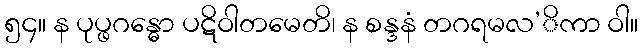
၅၄။ န ပုပ္ဖဂန္ဓော ပဋိဝါတမေတိ၊ န စန္ဒနံ တဂရမလ’ိကာ ဝါ။